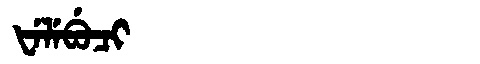
Manchu: ᡶᡝᠯᡝᠪᡠᠴᡳ
Romanization: FELEBUCI